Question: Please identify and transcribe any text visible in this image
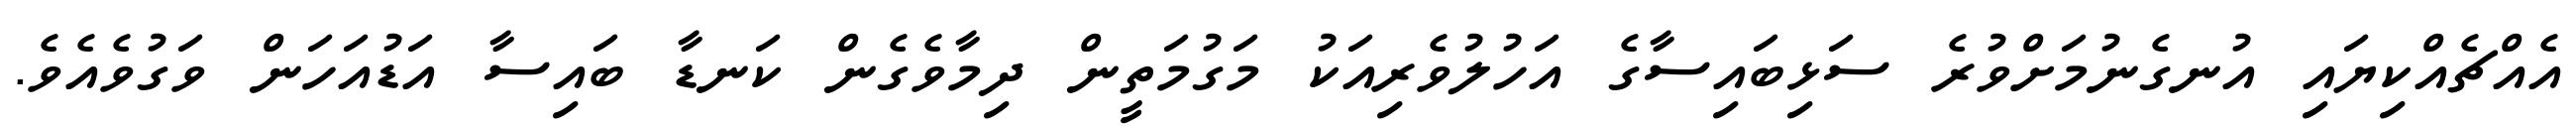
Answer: އެއްޗެއްކިޔައި އުނގެނުމަށްވުރެ ސަޅިބައިސާގެ އަހުލުވެރިއަކު މަގުމަތީން ދިމާވެގެން ކަނޑާ ބައިސާ އަޑުއަހަން ވަގުވެއެވެ.